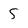
Character: 5